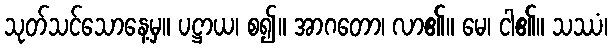
သုတ်သင်သောနေ့မှ။ ပဋ္ဌာယ၊ စ၍။ အာဂတော၊ လာ၏။ မေ၊ ငါ၏။ သဿံ၊